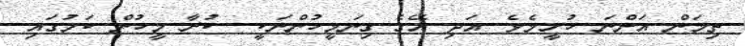
ތިމަން އަންނަ ހުށީމެވެ. އަދި އޭގެ ގިނަމީހުންނަކީ  ކުރާ މީހުން ކަމުގައި